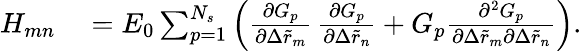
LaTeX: \begin{array}{rl}{H_{mn}}&{{}=E_{0}\sum_{p=1}^{N_{s}}{\left(\frac{\partial G_{p}}{\partial\Delta\tilde{r}_{m}}\, \frac{\partial G_{p}}{\partial\Delta\tilde{r}_{n}}+G_{p}\frac{\partial^{2}G_{p}}{\partial\Delta\tilde{r}_{m}\partial\Delta\tilde{r}_{n}}\right)}.}\end{array}